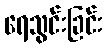
ရေသွင်းခြင်း